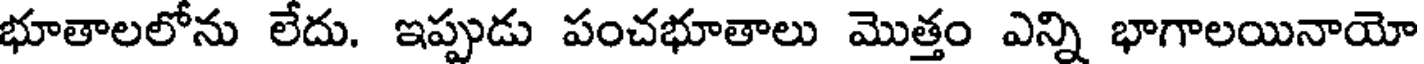
భూతాలలోను లేదు. ఇప్పుడు పంచభూతాలు మొత్తం ఎన్ని భాగాలయినాయో